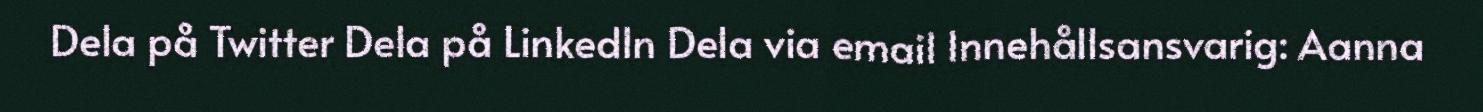
Dela på Twitter Dela på LinkedIn Dela via email Innehållsansvarig: Aanna